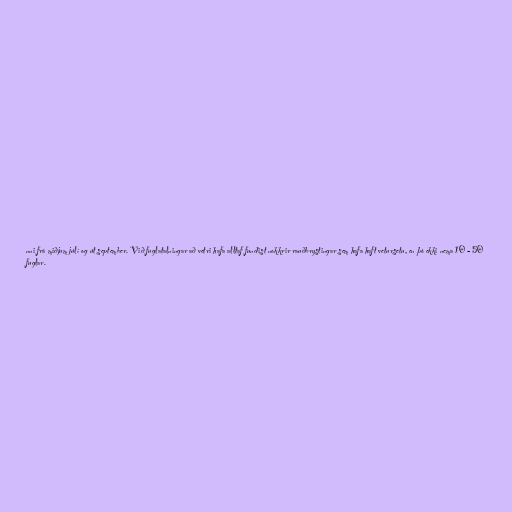
nni frá miðjum júlí og út september. Við fuglatalningar að vetri hafa alltaf fundist nokkrir rauðbrystingar sem hafa haft vetursetu, en þó ekki nema 10 - 50
fuglar.